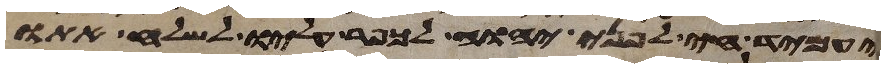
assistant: יעמיד חי לפני יהוה לכפר עליו לשלח אתו